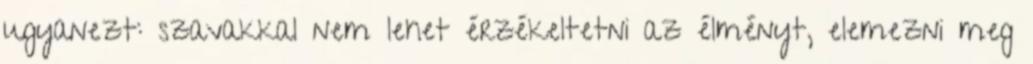
ugyanezt: szavakkal nem lehet érzékeltetni az élményt, elemezni meg